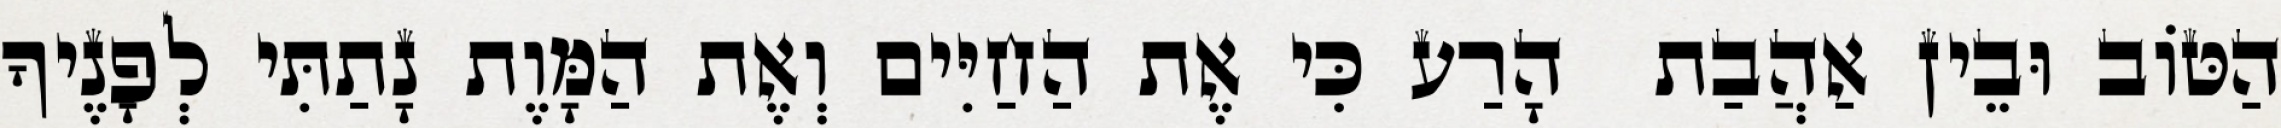
הַטּוֹב וּבֵין אַהֲבַת  הָרַע כִּי אֶת הַחַיִּים וְאֶת הַמָּוֶת נָתַתִּי לְפָנֶיךָ